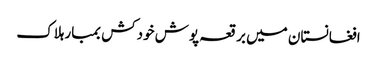
افغانستان میں برقعہ پوش خودکش بمبارہلاک